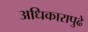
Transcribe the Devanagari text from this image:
अधिकारापुढे